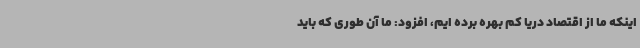
اینکه ما از اقتصاد دریا کم‌ بهره برده ایم، افزود: ما آن طوری که باید